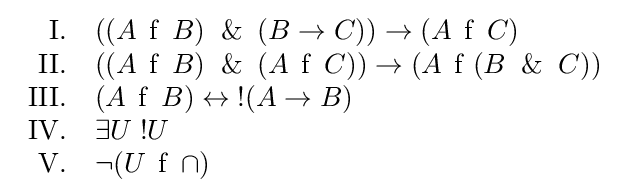
{\begin{array}{rl}{\mbox{I.}}&((A\;\operatorname {f} \;B)\And (B\to C))\to (A\;\operatorname {f} \;C)\\{\mbox{II.}}&((A\;\operatorname {f} \;B)\And (A\;\operatorname {f} \;C))\to (A\;\operatorname {f} \;(B\And C))\\{\mbox{III.}}&(A\;\operatorname {f} \;B)\leftrightarrow \;!(A\to B)\\{\mbox{IV.}}&\exists U\;!U\\{\mbox{V.}}&\neg (U\;\operatorname {f} \;\cap )\end{array}}